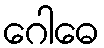
ဂေါဓေ